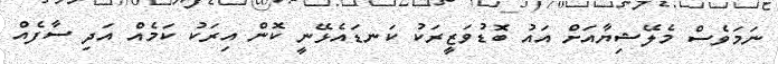
ނަމަވެސް މެލޭޝިޔާއަށް އައު ބޮޑުވަޒީރަކު ކަނޑައެޅޭނީ ކޮން އިރަކު ކަމެއް އަދި ސާފެއް